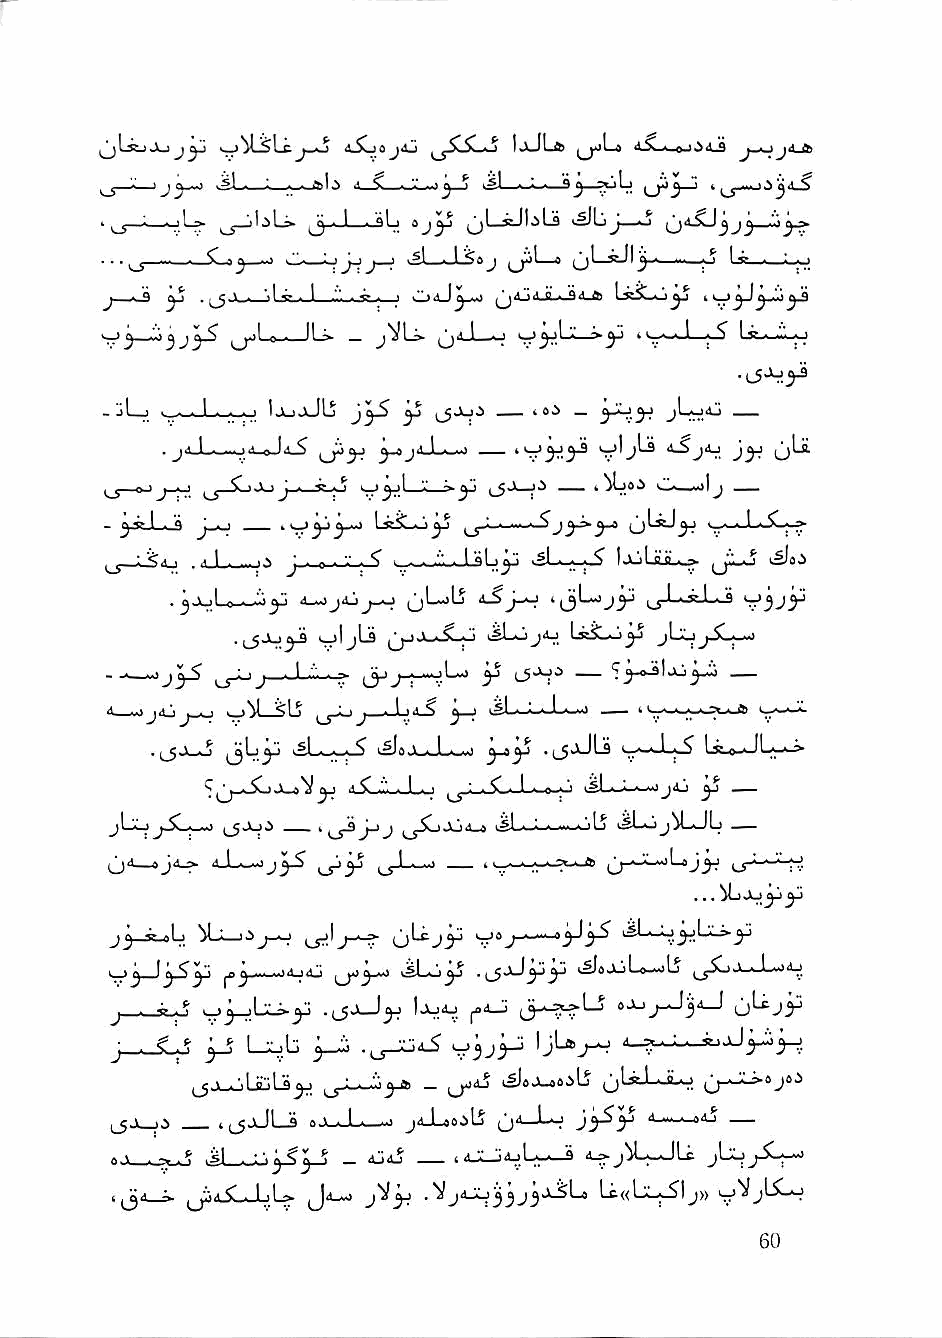
4.5ocjdJ   ijJLb     «ia-0*-3 j n j-* *■
 t jy^ ^3J..■ . > Oil —J.L-Jj—> k£i—■ ■ ■ ij^3—'
 L oj^       vSJLj_«j (jdXJj
 oL» ,    , (L
 ■ Sl . I <■. , ^L_» ,'il_seJI '4
 —     lt"—• u*-
 r -i-s-
 ^   J ^ ^ tr '   jVLj- ^ -I *       ■-■■■! Ill S*
 _jL_; ._i_J.....i_i_i IjljjJIj ^ -~' ~
 . jd-Lw-jd-aJd^ ^ji'-L-"'             jy. 0^
 ^ n T J~y ^ C 1 ^ - -c . ^ y '}^    U,*—mjI^
 -- ^^»»--LL..--aa JJ__..jj LLssttii__JJ>>^^ jjyys^-yyA^ ((jjlliijj^^ <<__..--..--LL----CC.. ^^
 ,_y—^4j ^ I - ... i.s J . n ■ '-' - ^ , . /• . I al .j'; vSLi_j^.j_^ IjLjLbJL^ qV..-,,^ i.SJo.S
 .^Ju^                       jLXjjX^
 • jy ^ ^ 1 j . I " ■ ^ ^ j_^_«oLvj yj __
 jj4jj_o o^LsLj ^^_Jljii_S igL'-^-'-L'-.,.,! — "■.."■■-•-^^i-ft
 '^i, .,  ■■,)■-■• ■* y .jjxJLfl 'i •-•■).^^ !f ft -
 d.5Lw-iJ_>j ^i-ijC--Li-e.;j i.sL^'' ' -ijAj ^ _—
 j\jLj       —..  j-jj ^jiojo4_4 nsLu-^—^IS -sLoj^LJL _—
 ^j4_«j4_> aLw^j^       — 'v-'-'.—>'-"'
 ,,. bL)<Ju^ ^
 J^—R^Lj      ^lj_^ jjLc   J-.-..-
 L    ^y                  'iS'^yy    ..m,iIj
 .l5j—
 j _,_<L,.^ U^jb ^
 ^jj-oUiU^
 njjkJL-fl oj-iJ-/—~j jaJ_4ojL5 (j4—Lj jy^y —
 A \ ■ y ^ , si 1 '. y^X ^ _ Aj4j i4_X_jAjLw 9 4-»jib_JLc JcLi
 I ^j-1—=•    ij''-^' S^y jiJLiyyyyS^l^ Lt«LX-|-^l j» kjVjLi-'J